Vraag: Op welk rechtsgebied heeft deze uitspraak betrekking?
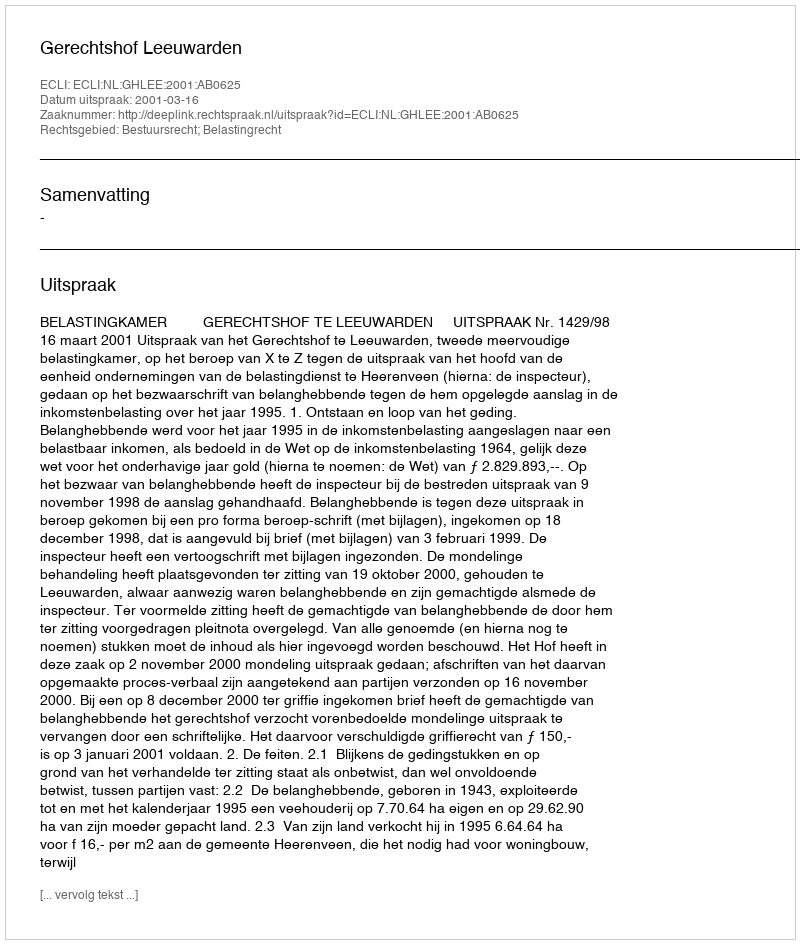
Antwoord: Bestuursrecht; Belastingrecht